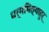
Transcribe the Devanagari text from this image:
धर्ममित्याहुऱ्